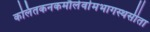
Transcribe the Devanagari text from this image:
कलितकनकमौलेर्वामभागस्थसीता